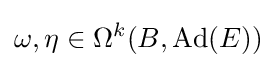
\omega ,\eta \in \Omega ^{k}(B,\operatorname {Ad} (E))